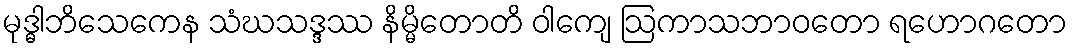
မုဒ္ဓါဘိသေကေန သံဃသဒ္ဒဿ နိမ္မိတောတိ ဝါကျေ ဩကာသဘာဝတော ရဟောဂတော